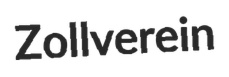
Zollverein